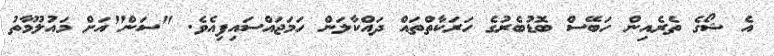
އެ ޝޯގެ ތެރެއިން ހަބޭސް ބޮޑުބެރުގެ ހަރަކާތްތައް ދައްކާލަން ހަމަޖައްސައިފިއެވެ. "ސަން"އަށް މައުލޫމާތު